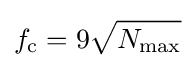
f_{\text{c}}=9{\sqrt {N_{\text{max}}}}